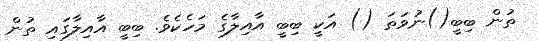
ތުން ބިބީ()ނުވަތަ () އަކީ ބިބީ އާއިލާގެ މަހެކެވެ. ބިބީ އާއިލާގައި ތުން